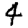
Digit: 4